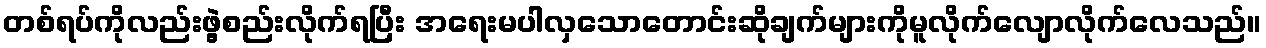
တစ်ရပ်ကိုလည်းဖွဲ့စည်းလိုက်ရပြီး အရေးမပါလှသောတောင်းဆိုချက်များကိုမူလိုက်လျောလိုက်လေသည်။